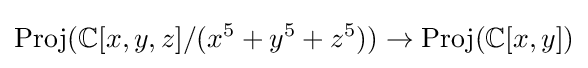
{\text{Proj}}(\mathbb {C} [x,y,z]/(x^{5}+y^{5}+z^{5}))\to {\text{Proj}}(\mathbb {C} [x,y])